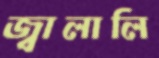
জ্বালালি